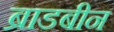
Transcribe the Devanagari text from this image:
ब्राडबीन